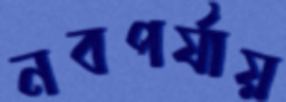
নবপর্যায়